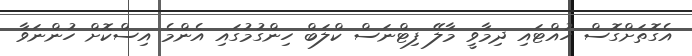
އެގޮތަށްގޮސް ހުއްޓައި ދިމާވީ މާލޭ ފިޓްނަސް ކްލަބް ހިންގުމުގައި އެންމެ އިސްކޮށް ހުންނަވާ